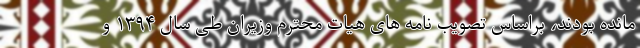
مانده بودند، براساس تصویب نامه های هیات محترم وزیران طی سال ۱۳۹۴ و